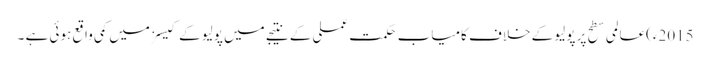
2015ء)عالمی سطح پر پولیو کے خلاف کامیاب حکمت عملی کے نتیجے میں پولیو کے کیسز میں کمی واقع ہوئی ہے ۔